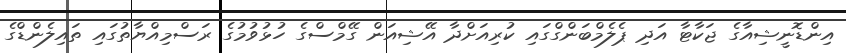
އިންޑޮނީޝިއާގެ ޖަކާޓާ އަދި ޕެލެމްބަންގްގައި ކުރިއަށްދާ އޭޝިއަން ގޭމްސްގެ ހުޅުވުމުގެ ރަސްމިއްޔާތުގައި ތައިލެންޑްގެ